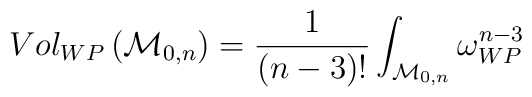
Vol_{WP}\left({\cal M}_{0,n}\right)=\frac{1}{(n-3)!}\int_{{\cal M}_{0,n}}\omega_{WP}^{n-3}